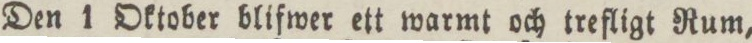
Den 1 Oktober blifwer ett warmt och trefligt Rum,